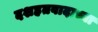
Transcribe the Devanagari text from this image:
दशहतवादाच्या